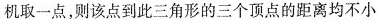
机取一点，则该点到此三角形的三个顶点的距离均不小